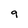
Character: 9